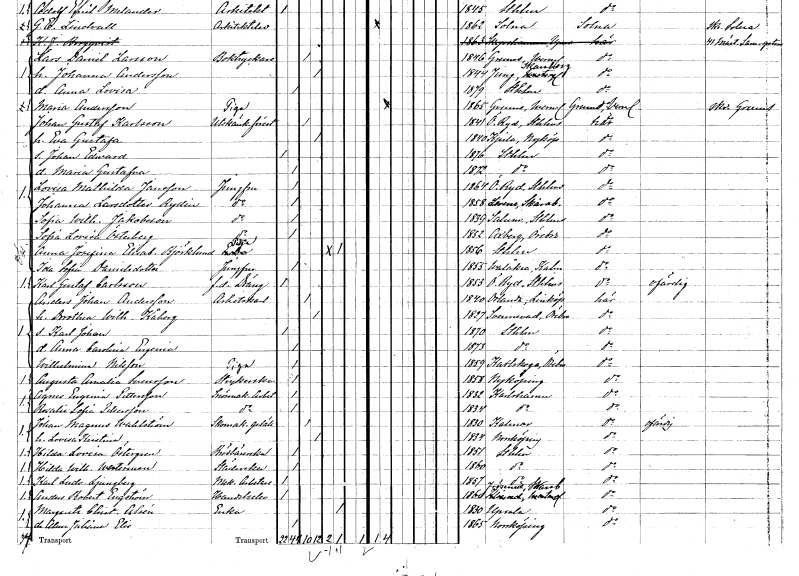
gt_parse: households: individuals: FN: Johan Gustaf
EN: Karlsson
YRKE: Utskänkningsföreståndare
KON: M
CIV: G
FODAR: 1841
FODFORS: Östra Ryd Stockholms län
FN: Eva Gustafa
KON: K
CIV: G
FODAR: 1840
FODFORS: Kjula Södermanlands län
FN: Johan Edward
KON: M
CIV: O
FODAR: 1876
FODFORS: Stockholm
FN: Maria Gustafva
KON: K
CIV: O
FODAR: 1872
FODFORS: Stockholm
FN: Lovisa Mathilda
EN: Jansson
YRKE: Jungfru
KON: K
CIV: O
FODAR: 1864
FODFORS: Östra Ryd Stockholms län
FN: Johanna
EN: Larsdotter Rydin
YRKE: Jungfru
KON: K
CIV: O
FODAR: 1858
FODFORS: Levene Skaraborgs län
FN: Sofia Wilhelmina
EN: Jakobsson
YRKE: Jungfru
KON: K
CIV: O
FODAR: 1839
FODFORS: Salem Stockholms län
FN: Sofia Lovisa
EN: Österberg
YRKE: Jungfru
KON: K
CIV: O
FODAR: 1852
FODFORS: Axberg Örebro län
FN: Anna Josefina Elisabeth
EN: Björklund
YRKE: Piga
KON: K
CIV: E
FODAR: 1856
FODFORS: Stockholm
FN: Ida Sofia
EN: Danielsdotter
YRKE: Jungfru
KON: K
CIV: O
FODAR: 1855
FODFORS: Högsby Kalmar län
FN: Karl Gustaf
EN: Carlsson
YRKE: Dräng f.d.
KON: M
CIV: O
FODAR: 1853
FODFORS: Östra Ryd Stockholms län
FN: Anders Johan
EN: Andersson
YRKE: Arbetskarl
KON: M
CIV: G
FODAR: 1840
FODFORS: Orlunda Östergötlands län
FN: Dorothea Wilhelmina
EN: Kåberg
KON: K
CIV: G
FODAR: 1827
FODFORS: Svennevad Örebro län
FN: Karl Johan
KON: M
CIV: O
FODAR: 1870
FODFORS: Stockholm
FN: Anna Carolina Eugenia
KON: K
CIV: O
FODAR: 1873
FODFORS: Stockholm
FN: Wilhelmina
EN: Nilsson
YRKE: Piga
KON: K
CIV: O
FODAR: 1859
FODFORS: Karlskoga Örebro län
FN: Augusta Amalia
EN: Svensson
YRKE: Strykerska
KON: K
CIV: O
FODAR: 1858
FODFORS: Nyköping Södermanlands län
FN: Agnes Eugenia
EN: Pettersson
YRKE: Snörmakeriarbeterska
KON: K
CIV: O
FODAR: 1832
FODFORS: Karlshamn Blekinge län
FN: Rosalie Sofia
EN: Pettersson
YRKE: Snörmakeriarbeterska
KON: K
CIV: O
FODAR: 1834
FODFORS: Karlshamn Blekinge län
FN: Johan Magnus
EN: Wahlström
YRKE: Skomakaregesäll
KON: M
CIV: G
FODAR: 1830
FODFORS: Kalmar Kalmar län
FN: Lovisa Kristina
KON: K
CIV: G
FODAR: 1834
FODFORS: Norrköping Östergötlands län
FN: Hilda Lovisa
EN: Östergren
YRKE: Brödbärerska
KON: K
CIV: O
FODAR: 1851
FODFORS: Stockholm
FN: Hilda Wilhelmina
EN: Westerman
YRKE: Städerska
KON: K
CIV: O
FODAR: 1860
FODFORS: Stockholm
FN: Karl Ludvig
EN: Ljungberg
YRKE: Mekanikerarbetare
KON: M
CIV: O
FODAR: 1857
FODFORS: Stockholm
FN: Anders Robert
EN: Engström
YRKE: Handelselev
KON: M
CIV: O
FODAR: 1860
FODFORS: Frösve Skaraborgs län
FN: Margareta Christina
EN: Alsén
YRKE: Änka
KON: K
CIV: E
FODAR: 1830
FODFORS: Uppsala Uppsala län
FN: Alma Juliana Elisabeth
KON: K
CIV: O
FODAR: 1865
FODFORS: Norrköping Östergötlands län